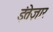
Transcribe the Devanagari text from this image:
इंतेज़ार